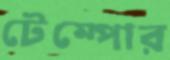
টেম্পোর